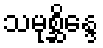
သမုစ္ဆိန္ဒေ